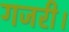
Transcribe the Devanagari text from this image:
गजरी।